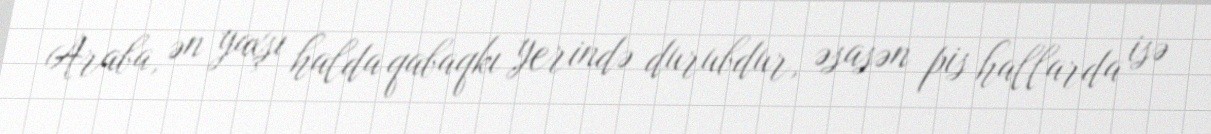
Araba, ən yaxşı halda qabaqkı yerində durubdur, əsasən pis hallarda isə